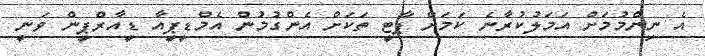
އެ ނިންމުމަށް އަމަލުކުރާނެ ކަމަށް ޕާޓީ ތަކަށް އެންގުމުން އެމްޑީޕީއާ ޑީއާރްޕީން ވަނީ